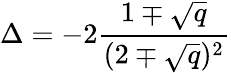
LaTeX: \Delta=-2{\frac{1\mp\sqrt{q}}{(2\mp\sqrt{q})^{2}}}